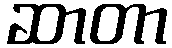
ဆာတာ